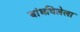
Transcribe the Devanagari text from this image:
बांधविलेला